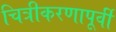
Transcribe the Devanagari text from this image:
चित्रीकरणापूर्वी